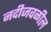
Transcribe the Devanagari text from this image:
नदीजवळील